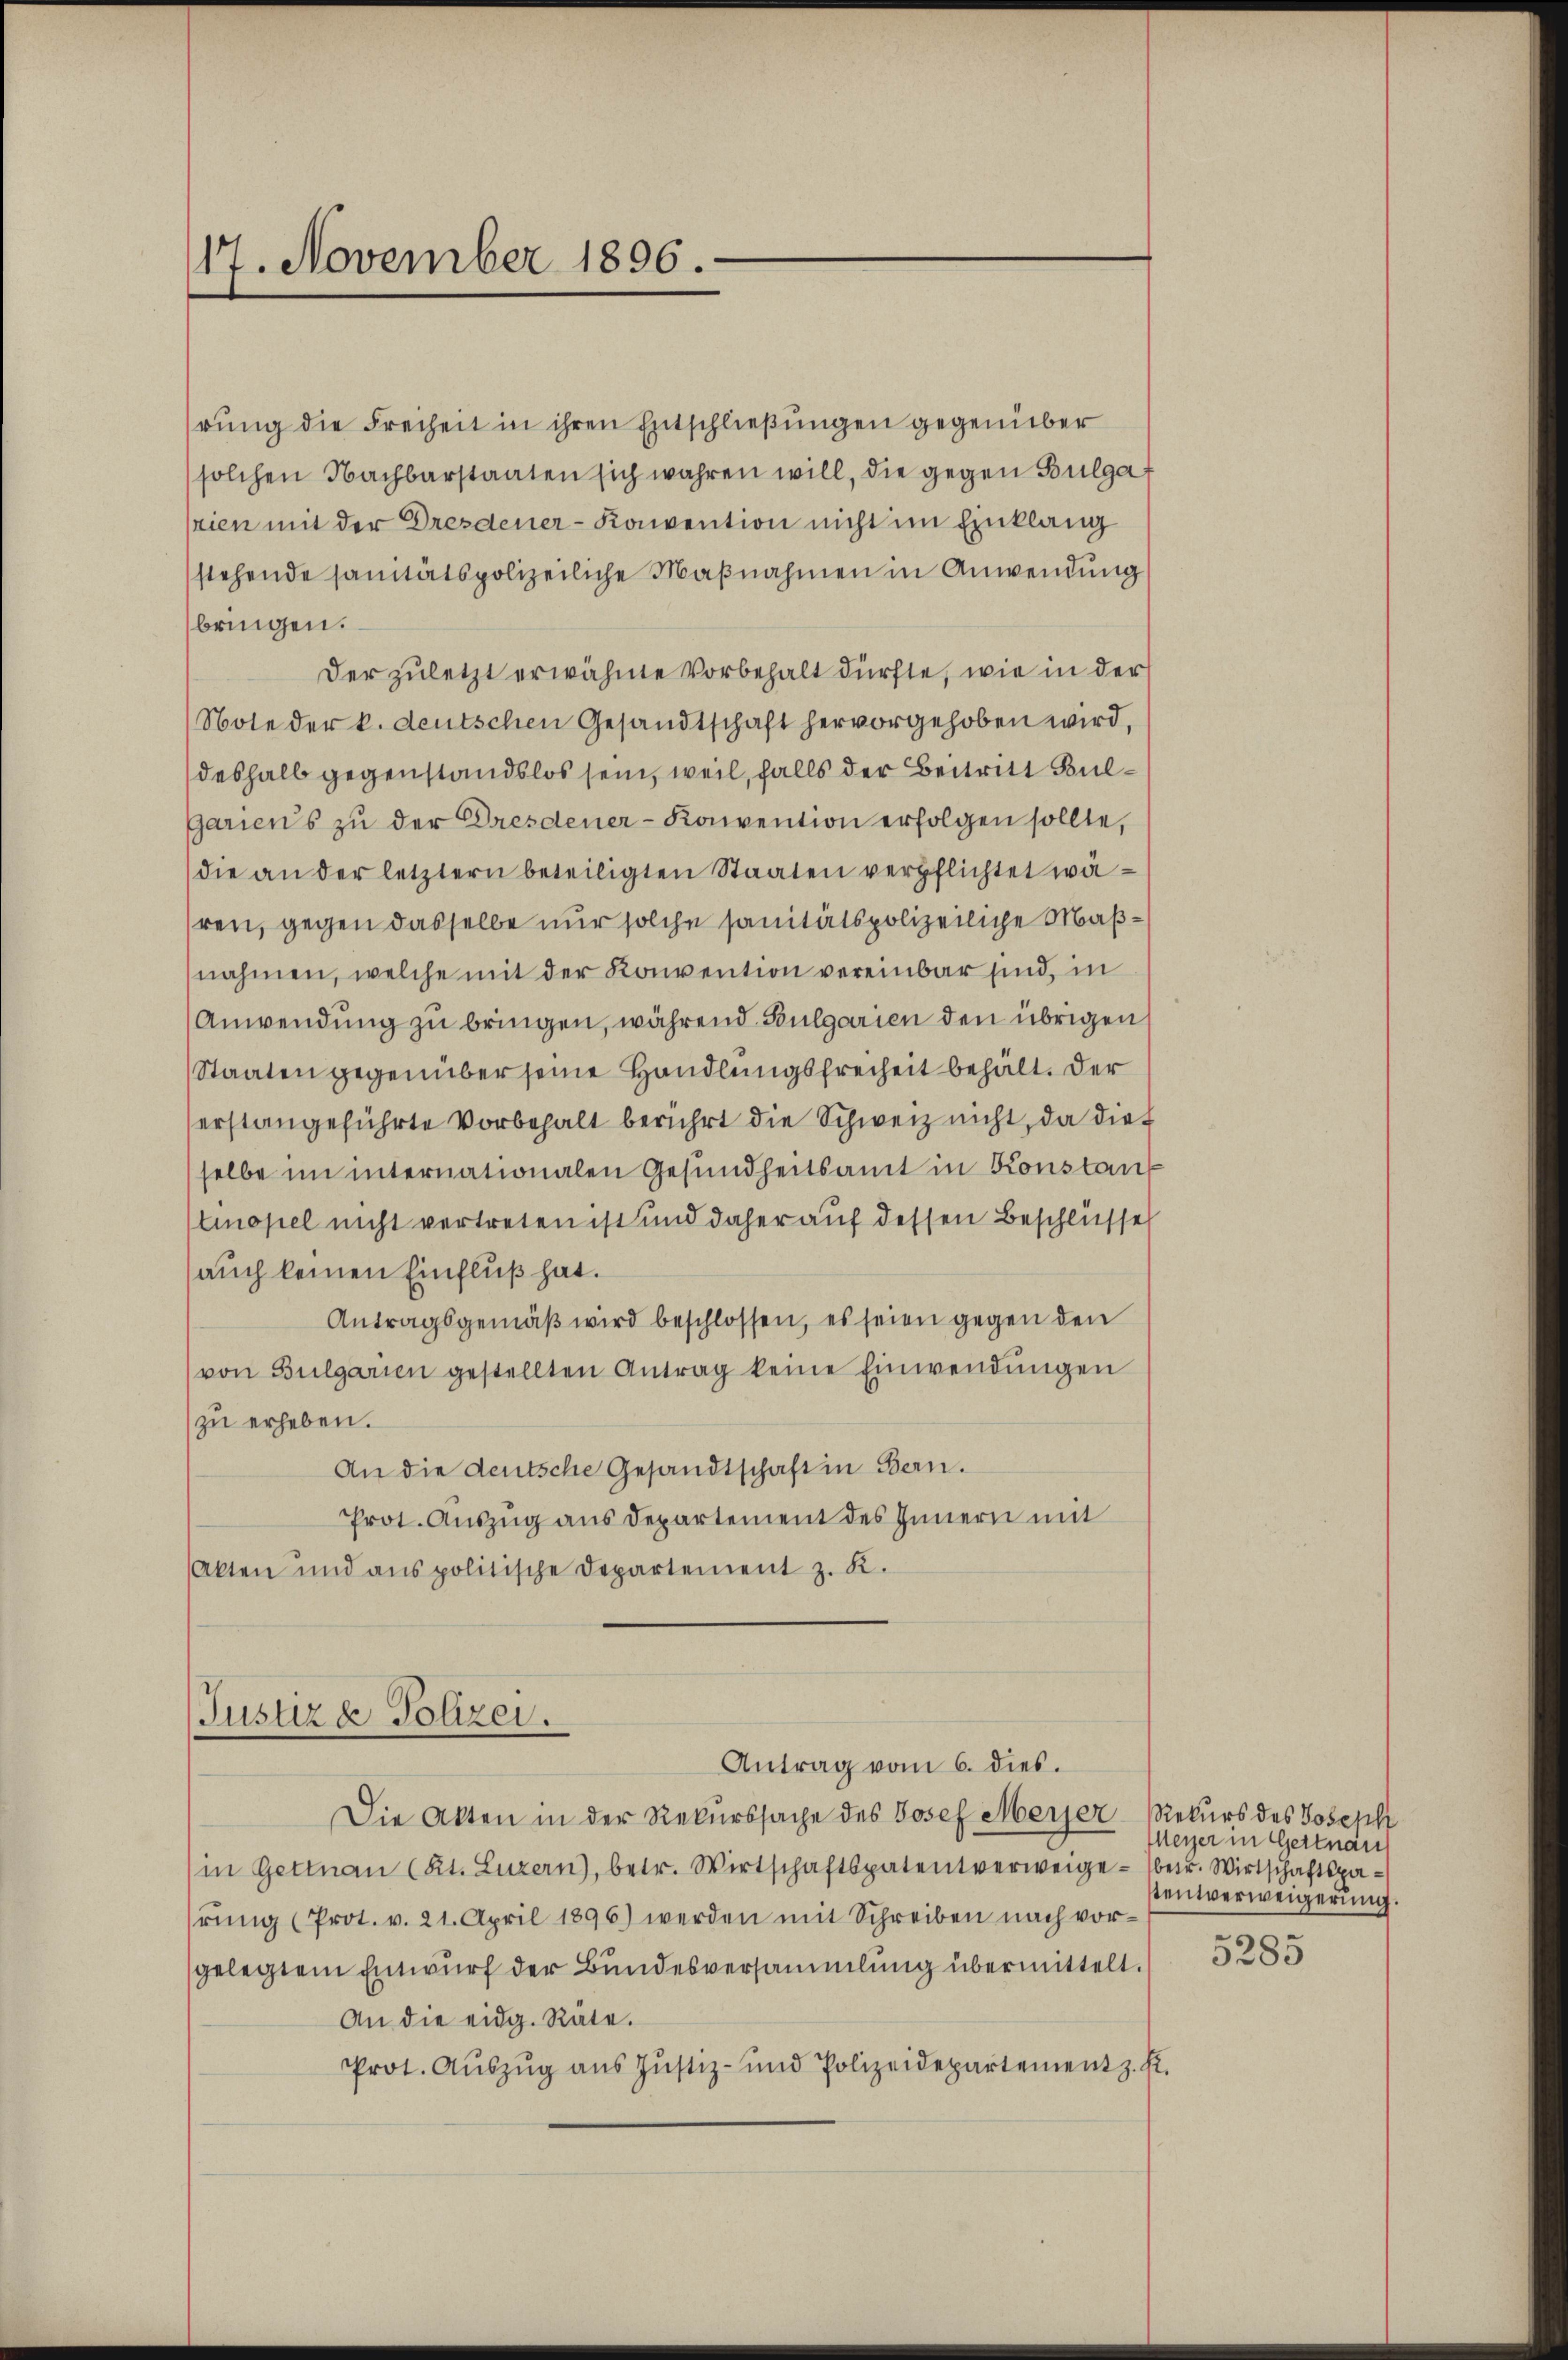
17. November 1896.

hrung die Freiheit in ihren Entschließungen gegenüber
solchen Nachbarstaaten sich wahren will, die gegen Bulgat
rien mit der Dresdener-Konvention nicht im Einklang
stehende sanitätspolizeiliche Maβnahmen in Anwendung
bringen.
Der zuletzt erwähnte Vorbehalt dürfte, wie in der
Note der k. deutschen Gesandtschaft hervorgehoben wird,
deshalb gegenstandslos sein, weil, falls der Beitritt Bul¬
Gariens zu der Dresdener-Konvention erfolgen sollte,
die an der letztern beteiligten Staaten verpflichtet währen, gegen dasselbe nur solche sanitätspolizeiliche Maßnahmen, welche mit der Konvention vereinbar sind, in
Anwendung zu bringen, während Bulgarien den übrigen
Staaten gegenüber seine Handlungsfreiheit behält. Der
erstangeführte Vorbehalt berührt die Schweiz nicht, da die
selbe im internationalen Gesundheitsamt in Konstan
tinopel nicht vertreten ist und daher auf dessen Beschlüsse
(auch keinen Einfluß hat.
Antragsgemäβ wird beschlossen, es seien gegen den
von Bulgarien gestellten Antrag keine Einwendŭngen
zu erheben.
An die deutsche Gesandtschaft in Bern.
Prot. Auszug aus Departement des Innern mit
Akten und ans politische Departement z. K.

Justiz & Polizei.
Antrag vom 6. dies.

Die Akten in der Rekurssache des Josef Meyer-Rekurs des Joseph
in Gettnau (Kt. Luzern), betr. Wirtschaftspatentverweige betr. Wirtschaftsparŭng (Prot. v. 21. April 1896) werden mit Schreiben nach vorgelegtem Entwurf der Bundesversammlung übermittelt.
An die eidg. Räte.
Prot. Aŭszŭg aŭs Jŭstiz- und Polizeidepartement z. Ei

Meyer in Geltnau
stentverweigerung.

5285